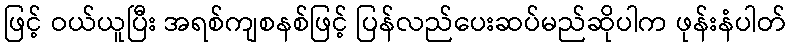
ဖြင့် ဝယ်ယူပြီး အရစ်ကျစနစ်ဖြင့် ပြန်လည်ပေးဆပ်မည်ဆိုပါက ဖုန်းနံပါတ်